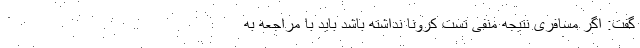
گفت: اگر مسافری نتیجه منفی تست کرونا نداشته باشد باید با مراجعه به